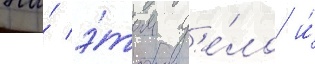
На́ э́том д'е́ло и́